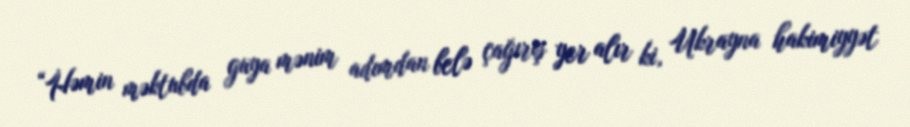
“Həmin məktubda guya mənim adımdan belə çağırış yer alır ki, Ukrayna hakimiyyət